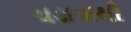
ચડાવાથી